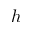
h